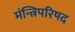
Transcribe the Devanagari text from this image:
मंन्त्रिपरिषद